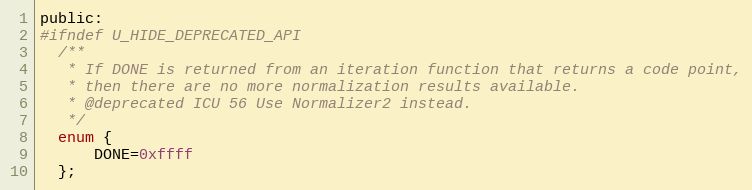
Language: C
public:
#ifndef U_HIDE_DEPRECATED_API
  /**
   * If DONE is returned from an iteration function that returns a code point,
   * then there are no more normalization results available.
   * @deprecated ICU 56 Use Normalizer2 instead.
   */
  enum {
      DONE=0xffff
  };